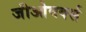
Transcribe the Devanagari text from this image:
जीओवर्क्स